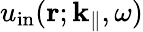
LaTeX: u_{\mathrm{in}}({\mathbf r};{\mathbf k}_{\parallel},\omega)